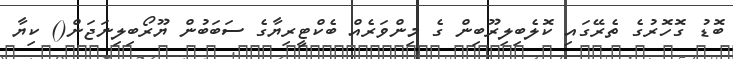
ބޮޑު ގޮހޮރުގެ ތެރޭގައި ކޮލެބިލިރޫބިން ގެ މިންވަރެއް ބެކްޓީރިޔާގެ ސަބަބުން ޔޫރޯބިލިނަޖަން() ކިޔާ